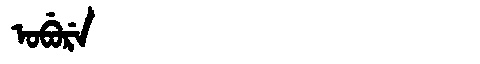
Manchu: ᠣᠪᡠᡵᡝ
Romanization: OBURE